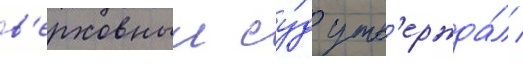
в'ерховныи су́д утв'ержда́л /